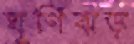
ঘূর্ণিঝড়